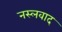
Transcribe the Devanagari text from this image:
नस्‍लवाद